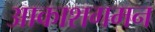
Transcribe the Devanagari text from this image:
आकाशगमन